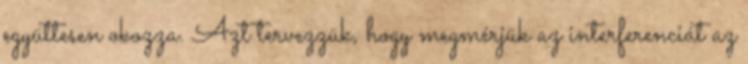
együttesen okozza. Azt tervezzük, hogy megmérjük az interferenciát az